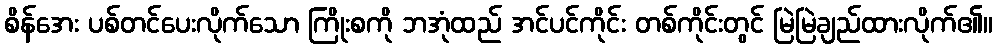
စိန်အေး ပစ်တင်ပေးလိုက်သော ကြိုးစကို ဘအုံထည် အင်ပင်ကိုင်း တစ်ကိုင်းတွင် မြဲမြဲချည်ထားလိုက်၏။